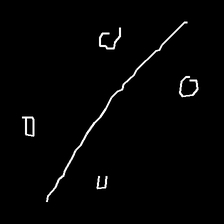
Glyph: cool